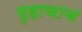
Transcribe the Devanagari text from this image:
गृहाचाच